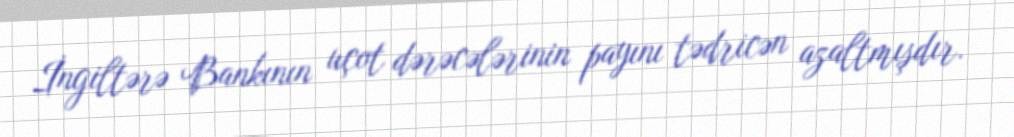
İngiltərə Bankının uçot dərəcələrinin payını tədricən azaltmışdır.